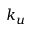
k _ { u }